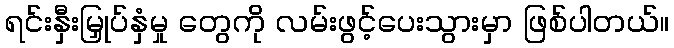
ရင်းနှီးမြှုပ်နှံမှု တွေကို လမ်းဖွင့်ပေးသွားမှာ ဖြစ်ပါတယ်။